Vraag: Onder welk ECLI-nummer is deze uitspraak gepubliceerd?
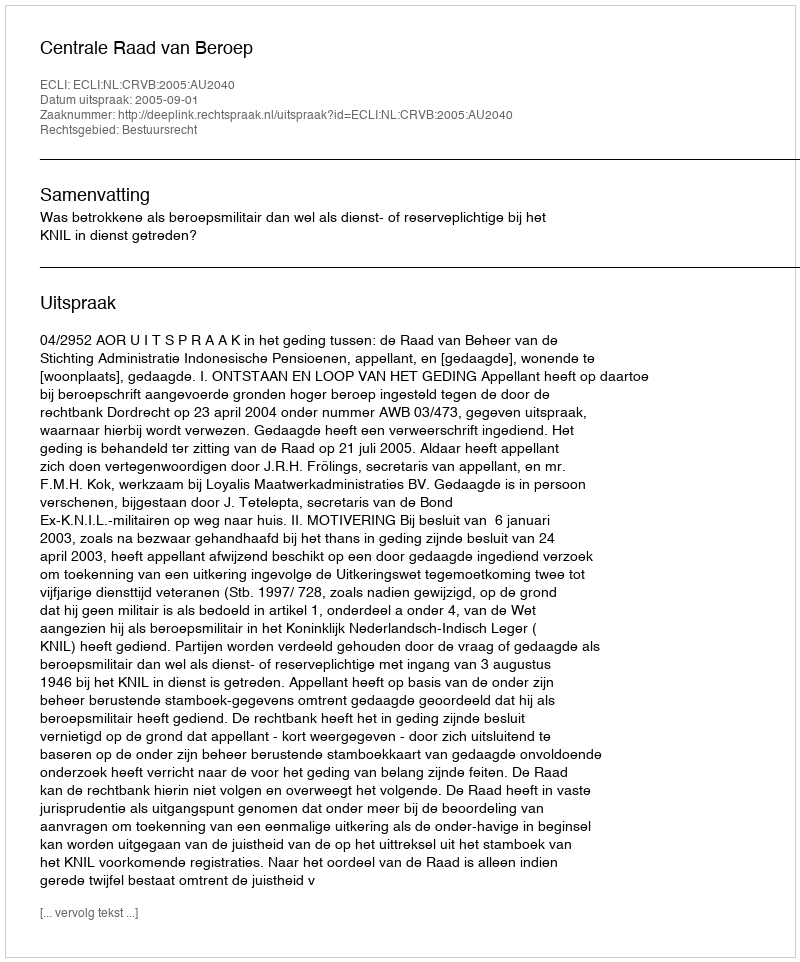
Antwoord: ECLI:NL:CRVB:2005:AU2040